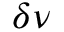
\delta \nu